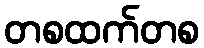
တစထက်တစ